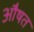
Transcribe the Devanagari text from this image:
औषत